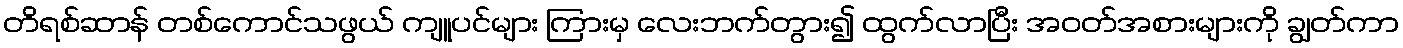
တိရစ်ဆာန် တစ်ကောင်သဖွယ် ကျူပင်များ ကြားမှ လေးဘက်တွား၍ ထွက်လာပြီး အဝတ်အစားများကို ချွတ်ကာ